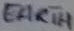
Text: EARTH